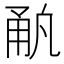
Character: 𰢳